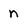
Character: n